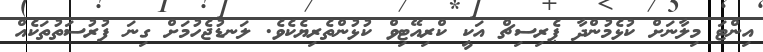
އިންޓަ މިލާނަށް ކުޅެމުންދާ ޕެރިސިޗް އަކީ ކްރިއޭޓިވް ކުޅުންތެރިޔެކެވެ. ލަނޑުޖެހުމަށް ގިނަ ފުރުސަތުތަކެއް